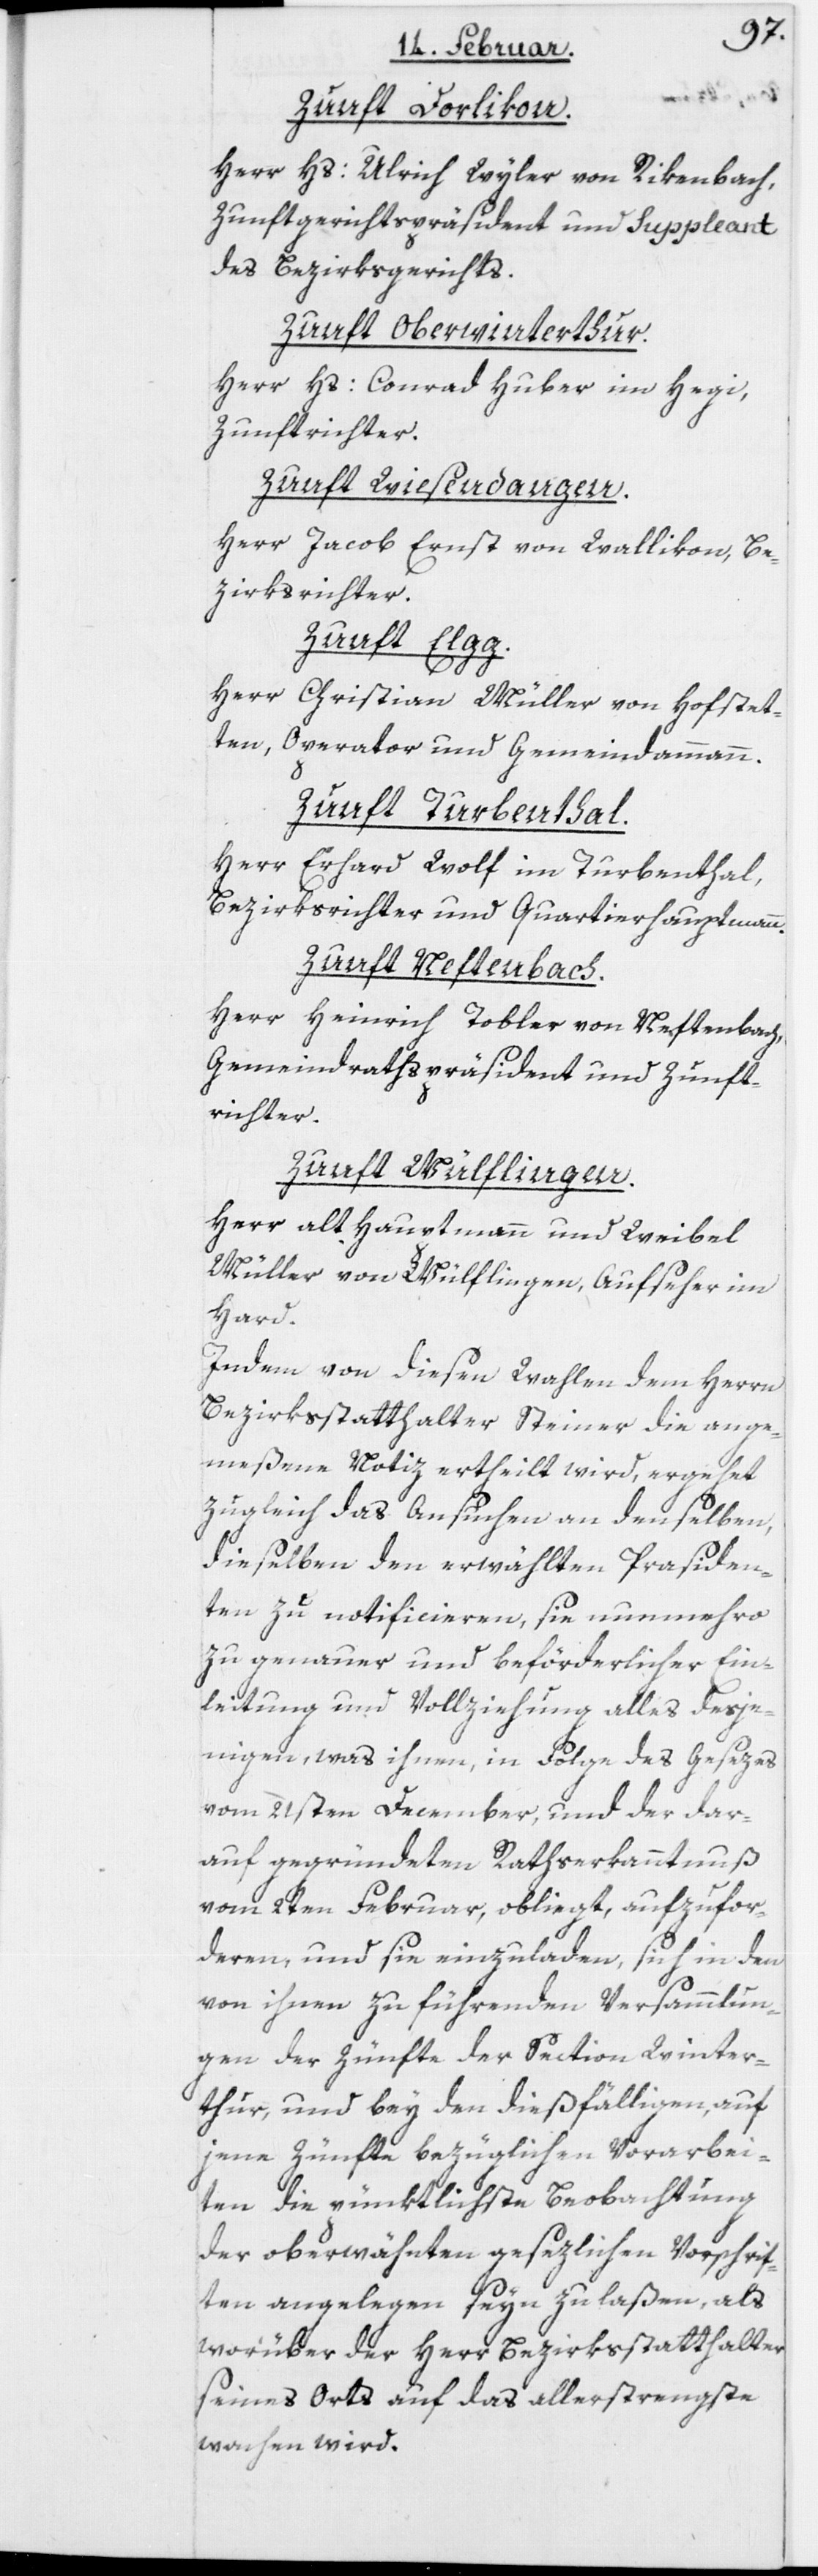
Zunft Dorlikon.
Herr Hs: Ulrich Wyler von Rikenbach,
Zunftgerichtspräsident und Suppleant
des Bezirksgerichts.
Zunft Oberwinterthur.
Herr Hs: Conrad Huber im Hegi,
Zunftrichter.
Zunft Wiesendangen.
Herr Jacob Ernst von Wallikon, Be¬
zirksrichter.
Zunft Elgg.
Herr Christian Müller von Hofstet¬
ten, Operator und Gemeindammann.
Zunft Turbenthal.
Herr Erhard Wolf im Turbenthal,
Bezirksrichter und Quartierhauptmann.
Zunft Neftenbach.
Herr Heinrich Tobler von Neftenbach,
Gemeindrathspräsident und Zunft¬
richter.
Zunft Wülflingen.
Herr alt Hauptmann und Weibel
Müller von Wülflingen, Aufseher im
Hard.
Indem von diesen Wahlen dem Herrn
Bezirksstatthalter Steiner die ange¬
meßene Notiz ertheilt wird, ergehet
zugleich das Ansuchen an denselben,
dieselben den erwählten Präsiden¬
ten zu notificieren, sie nunmehro
zu genauer und beförderlicher Ein¬
leitung und Vollziehung alles desje¬
nigen, was ihnen, in Folge des Gesetzes
vom 21sten December, und der dar¬
auf gegründeten Rathserkanntnuß
vom 2ten Februar, obliegt, aufzufor¬
deren, und sie einzuladen, sich in den
von ihnen zu führenden Versammlun¬
gen der Zünfte der Section Winter¬
thur, und bey den dießfälligen, auf
jene Zünfte bezüglichen Vorarbei¬
ten die pünktlichste Beobachtung
der oberwähnten gesetzlichen Vorschrif¬
ten angelegen seyn zu laßen, als
worüber der Herr Bezirksstatthalter
seines Orts auf das allerstrengste
wachen wird.